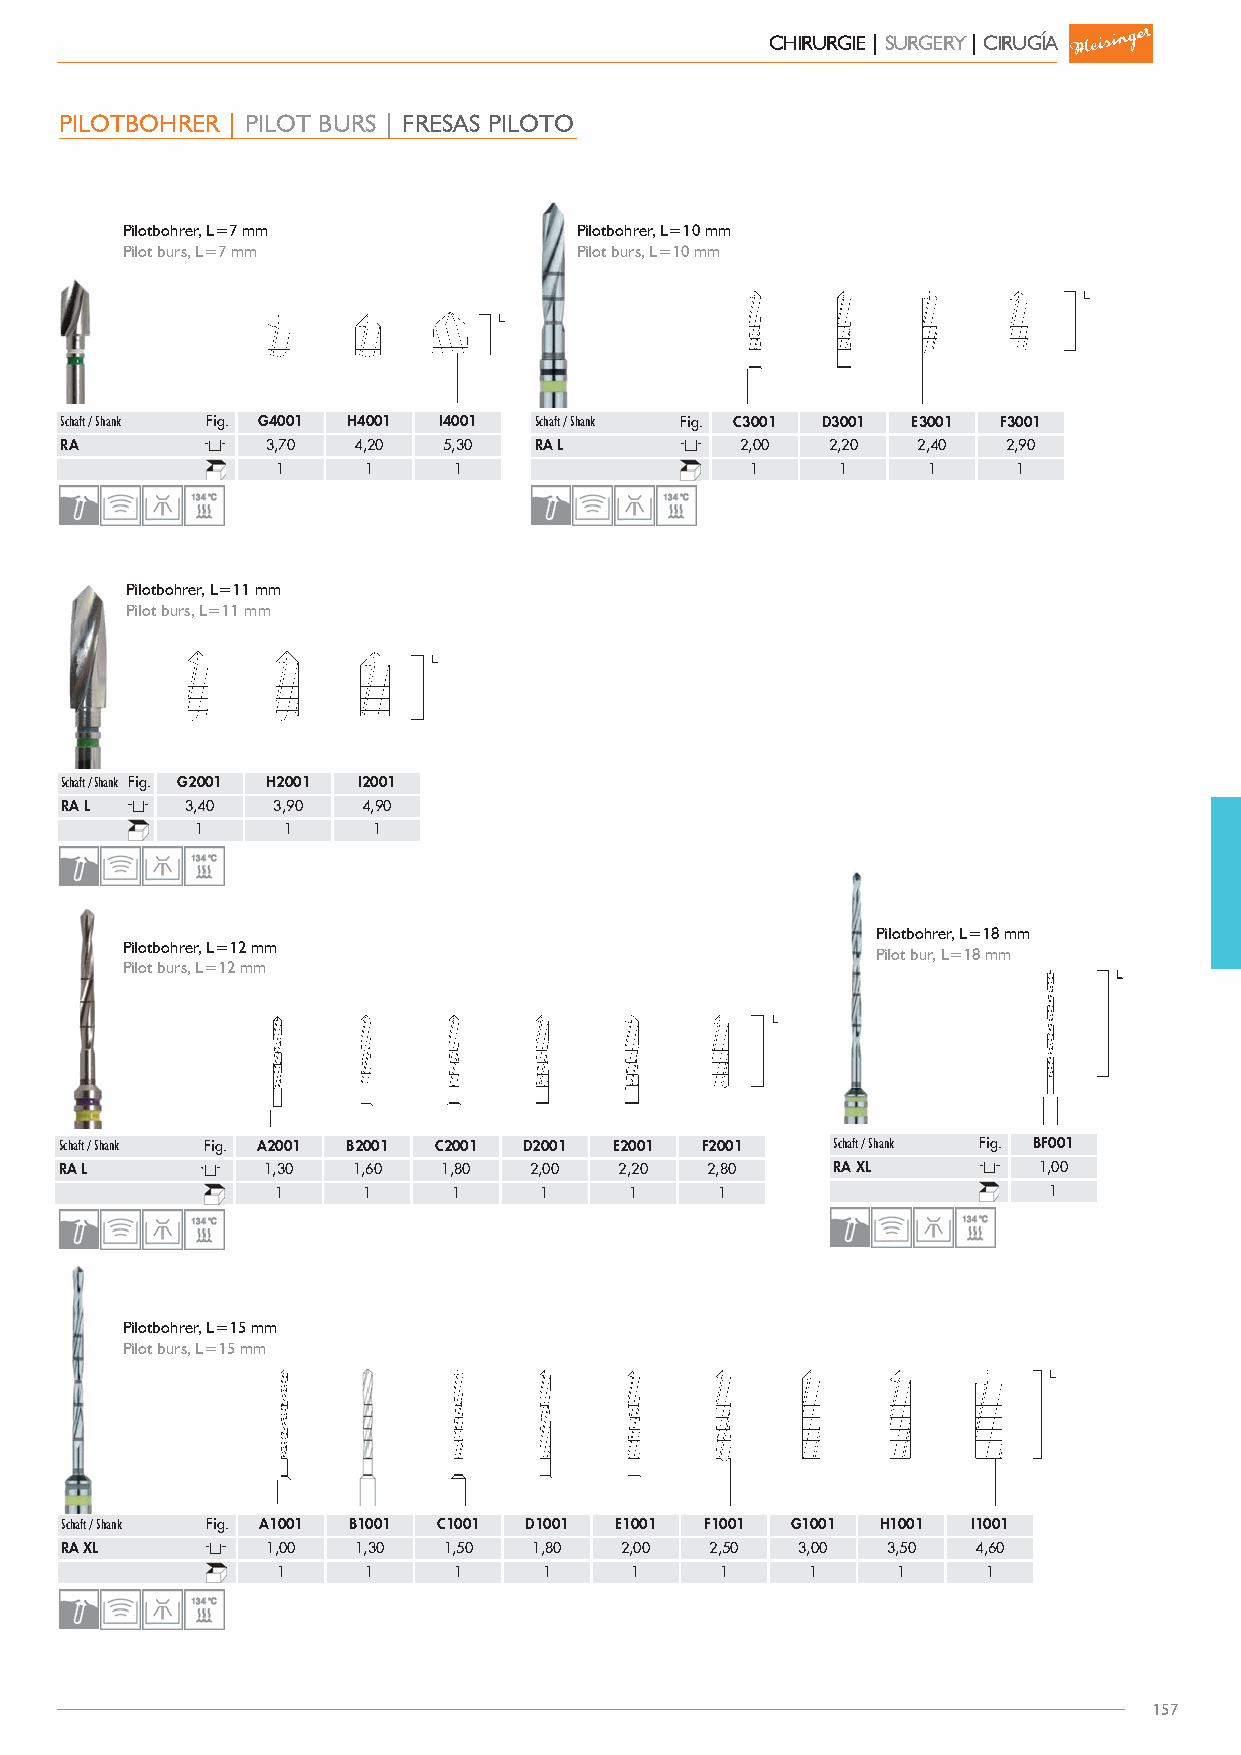
CHIRURGIE | SURGERY | CIRUGÍA
 PILOTBOHRER | PILOT BURS | FRESAS PILOTO
 Pilotbohrer, L=7 mm           Pilotbohrer, L=10 mm
 Pilot burs, L=7 mm            Pilot burs, L=10 mm
 Schaft / Shank Fig. G4001 H4001 I4001 Schaft / Shank Fig. C3001 D3001 E3001 F3001
 RA            3,70 4,20  5,30  RA L          2,00  2,20  2,40  2,90
 1     1     1                   1     1    1     1
 Pilotbohrer, L=11 mm
 Pilot burs, L=11 mm
 Schaft / Shank Fig. G2001 H2001 I2001
 RA L    3,40  3,90  4,90
 1     1     1
 Pilotbohrer, L=18 mm
 Pilotbohrer, L=12 mm
 Pilot bur, L=18 mm
 Pilot burs, L=12 mm
 Schaft / Shank Fig. A2001 B2001 C2001 D2001 E2001 F2001 Schaft / Shank Fig. BF001
 RA L         1,30  1,60  1,80  2,00  2,20  2,80    RA XL         1,00
 1     1     1     1     1    1                     1
 Pilotbohrer, L=15 mm
 Pilot burs, L=15 mm
 Schaft / Shank Fig. A1001 B1001 C1001 D1001 E1001 F1001 G1001 H1001 I1001
 RA XL         1,00 1,30  1,50  1,80  2,00  2,50  3,00  3,50  4,60
 1     1     1     1     1     1    1     1     1
 157